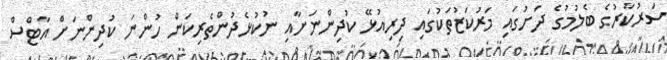
ސަރުކާރުގެ ބެލުމުގެ ދަށުގައި މަރުކަޒުތަކުގައި ދިރިއުޅޭ ކުދިންނަށާއި ނުކުޅެދުންތެރިކަން ހުންނަ ކުދިންނަށް އާޓްސް